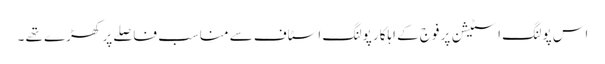
اس پولنگ اسٹیشن پر فوج کے اہلکار پولنگ اسٹاف سے مناسب فاصلے پر کھڑے تھے ۔